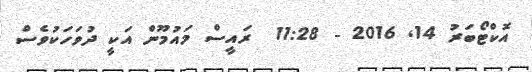
އޮކްޓޯބަރު 14